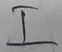
Text: I